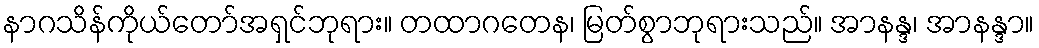
နာဂသိန်ကိုယ်တော်အရှင်ဘုရား။ တထာဂတေန၊ မြတ်စွာဘုရားသည်။ အာနန္ဒ၊ အာနန္ဒာ။